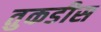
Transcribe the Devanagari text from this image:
तुकडीस